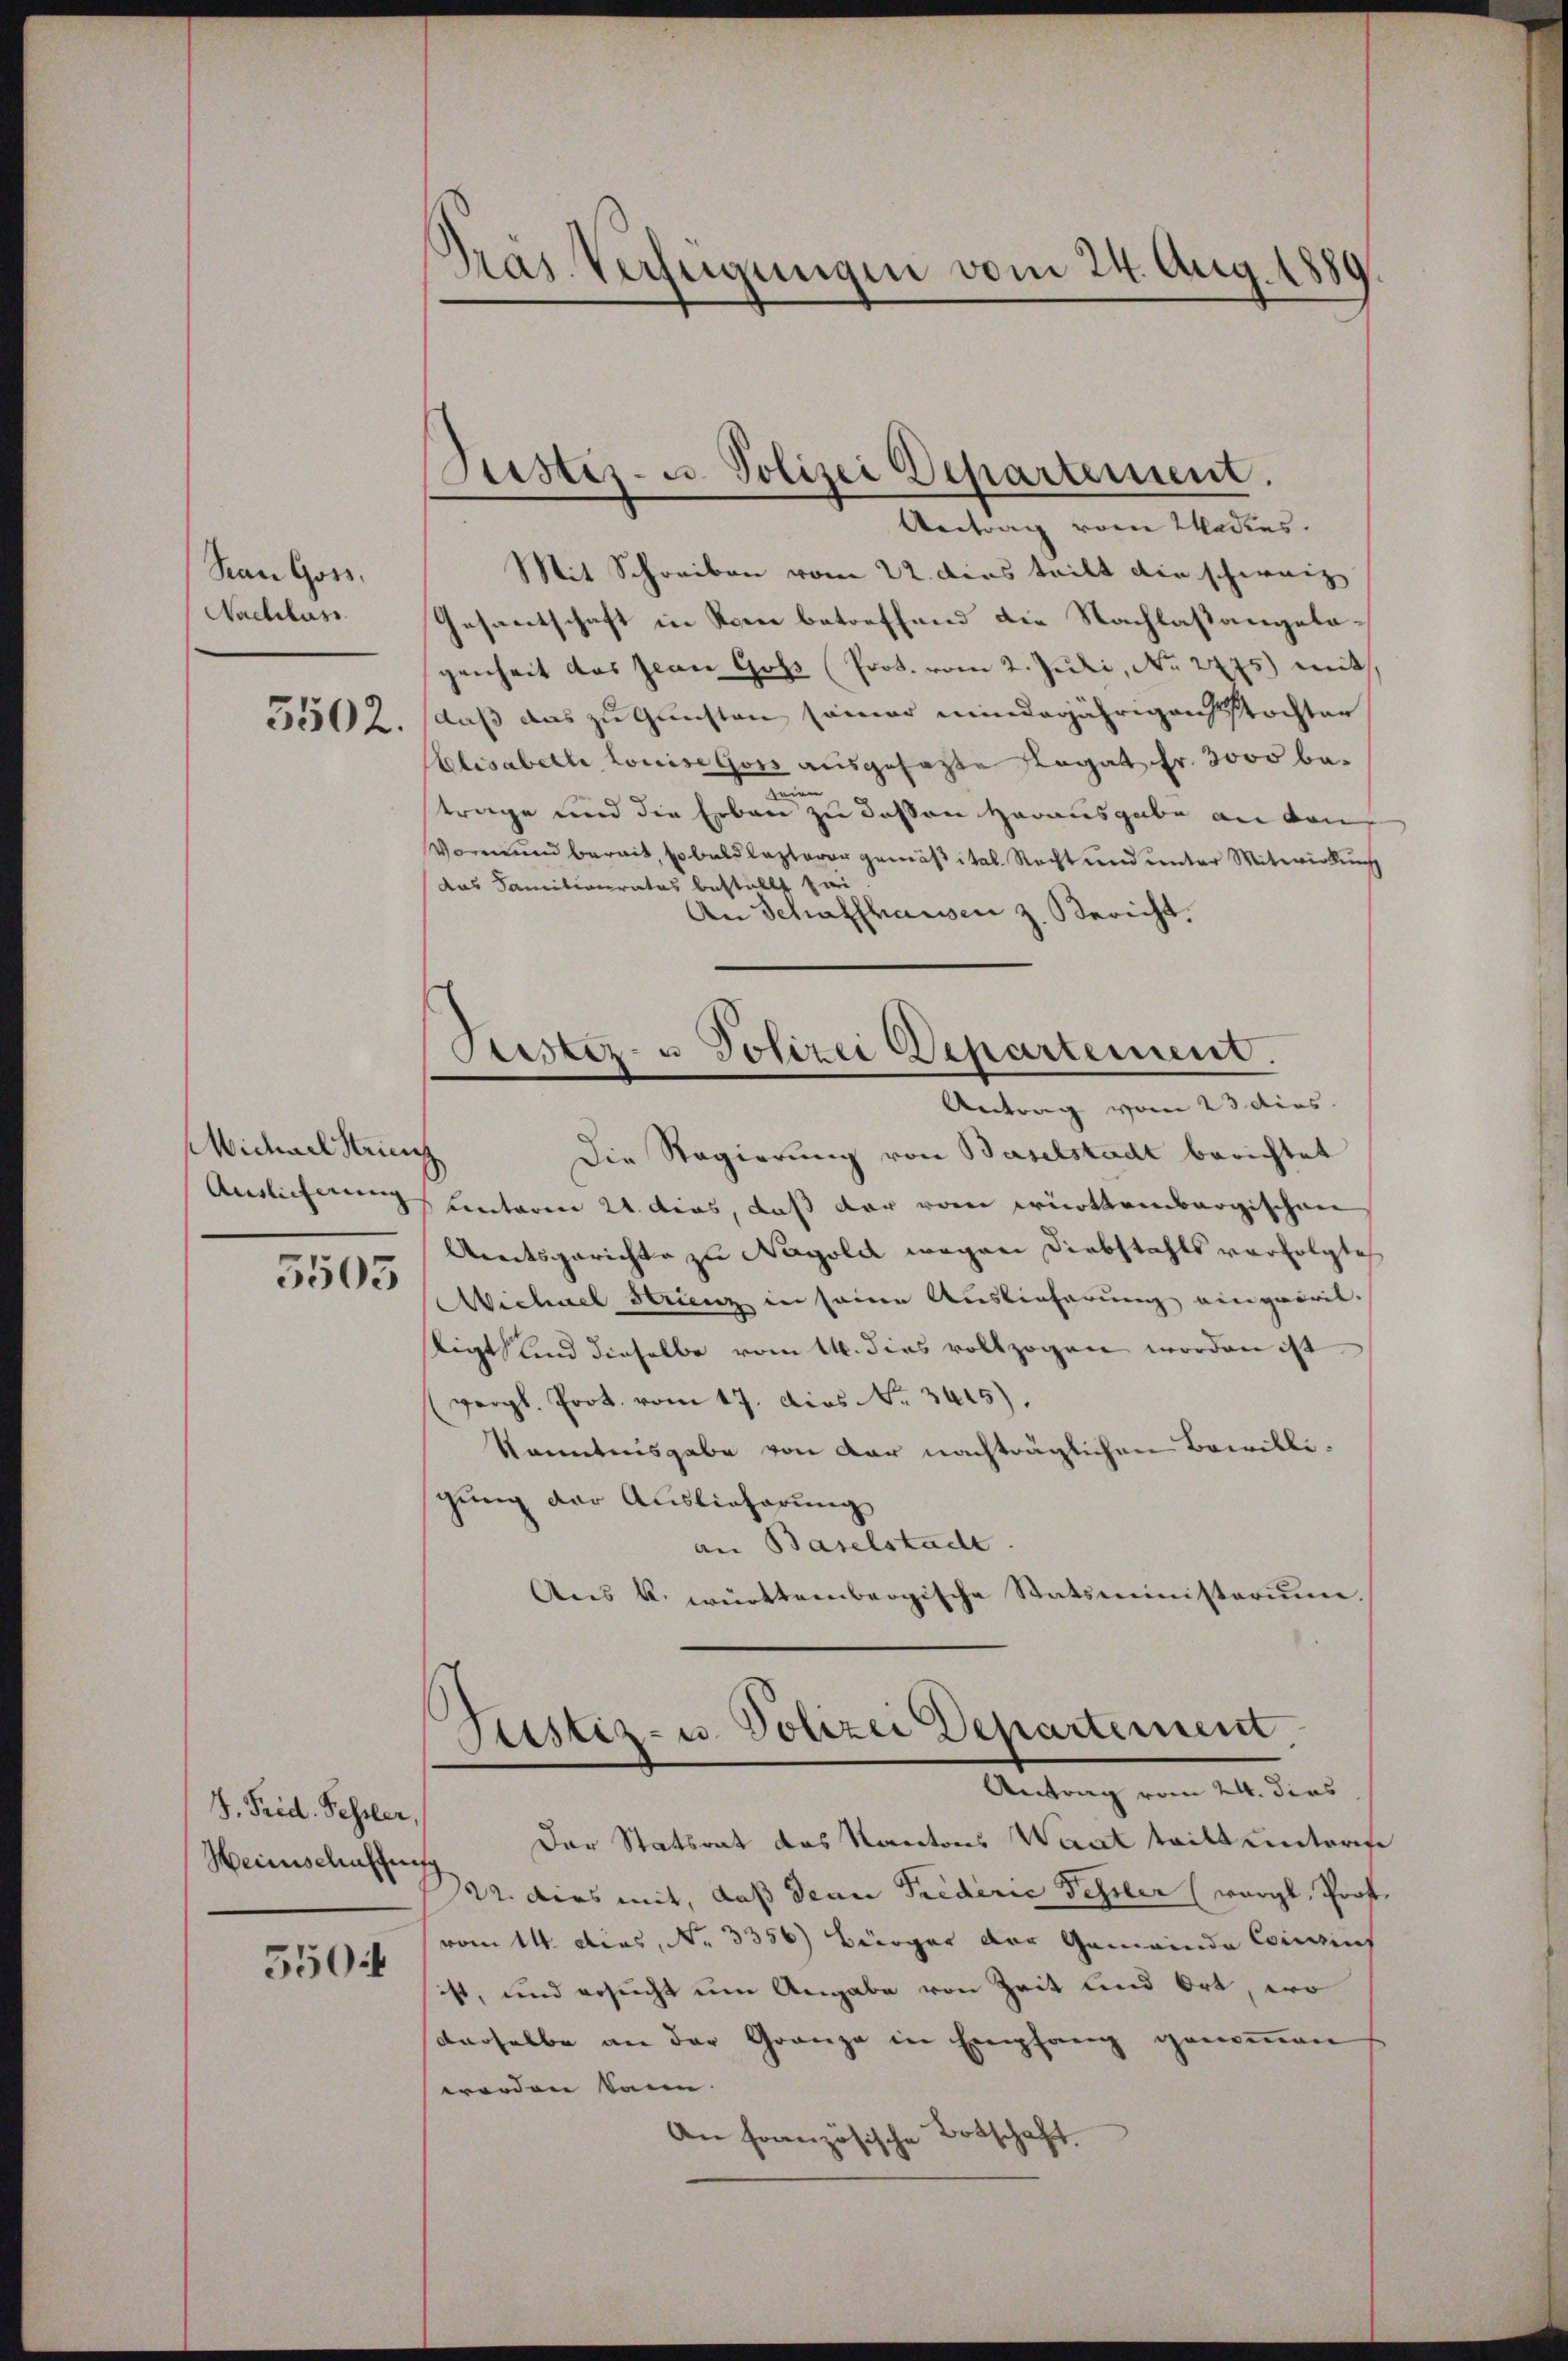
Pan Goss.
Nachlass
5502

Michael Striez
Auslicherung

5503

I. Frid. Fehler,
Heinschaffung
5504

Pras Verfügungen vom 24. Aug. 1880

Justiz- u. Polizei Departement.

Antrag vom Wadies.
Mit Schreiben vom 22. dies teilt die schweiz
Gesantschaft in Rom betreffend die Nachlaßangelagenheit das Jean Goss (Prot. vom 2. Juli, No. 2775) mit
daß das zu Gunsten seiner minderjährigenstochter
Elisabette Louise Goss ausgesagte Legat Fr. 3000 ben
trage und die Erben zu deßen Herausgabe an den
Vormund bereit, sobald lezterer gemäß ital. Recht und unter Mitwirkung
das Familienrates bestellt sei
An Schaffhausen z. Bericht.
Justiz- u Polizei Departement.
Antrag vom 23 dies
Die Regierung von Baselstadt berichtet
ventaren 21. das, dass dar von württembergischen
Areitsgerichte zu Napolet wegen Diebstahls verfolgte
Michael Struenz in seine Auslieferung einquovil.
ligt sind dieselbe vom 14. dies vollzogen worden ist
(vergl. Prot. vom 17. dies No. 3415).
Kanntnisgabe von der nachträglichen Bewilligung der Auslieferung
an Baselstade
Ans k. württembergische Statsministerium.

Justiz- u. Polizei Departement,
Antrag vom 24. dies

Der Statsrat das Kantons Waadt tritt unterse
12. dies mit, daß denn Frederie Fehler (worgl, Prof.
vom 14. dies, No. 3356) Bürger der Gemeinde Consins
ist, und ersucht um Angabe von Zeit und Ort, wo
derselbe an der Gränze in Empfang genommen,
worden kann. |
An französische Botschaft.